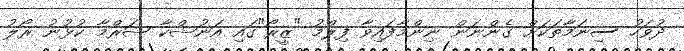
ދުވަހު ސިނަމާތަކަށް ގެންނަން ނިންމާފައިވާ ފިލްމު "ޒީރޯ"ގައި އަނުޝްކާ ޝަރްމާ ކުޅުނު ރޯލު